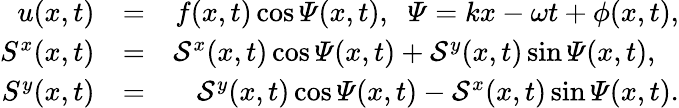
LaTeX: \begin{array}{rlr}{u(x,t)}&{=}&{f(x,t)\cos\varPsi(x,t),\; \; \varPsi=kx-\omega t+\phi(x,t),}\\ {S^{x}(x,t)}&{=}&{\mathcal{S}^{x}(x,t)\cos\varPsi(x,t)+\mathcal{S}^{y}(x,t)\sin\varPsi(x,t),\; \; \; }\\ {S^{y}(x,t)}&{=}&{\mathcal{S}^{y}(x,t)\cos\varPsi(x,t)-\mathcal{S}^{x}(x,t)\sin\varPsi(x,t).}\end{array}